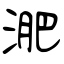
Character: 淝